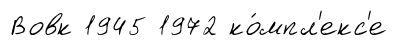
Вовк 1945 1972 ко́мпл'екс'е